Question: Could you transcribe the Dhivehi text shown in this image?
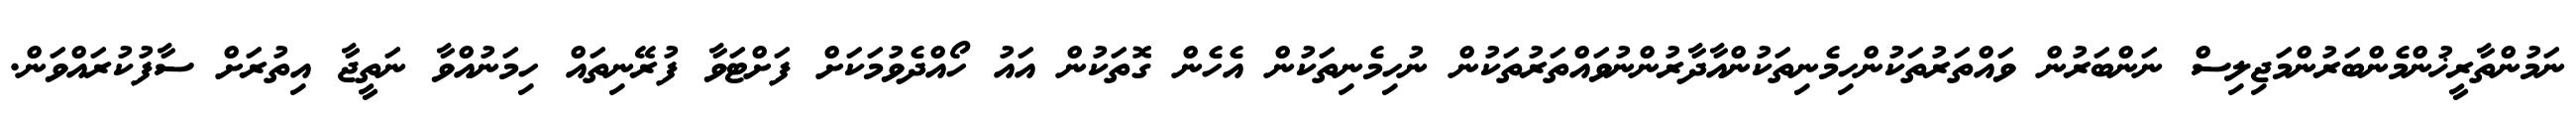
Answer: ނަމުންތާރީޚުންމެންބަރުންމަޖިލިސް ނަންބަރުން ވައްތަރުތަކުންހިމެނިތަކުންއާދާރުންނުވައްތަރުތަކުން ނުހިމެނިތަކުން އެހެން ގޮތަކުން އައު ހޯއްދެވުމަކަށް ފަށްޓަވާ ފުރޭނިތައް ހިމަނުއްވާ ނަތީޖާ އިތުރަށް ސާފުކުރައްވަން.